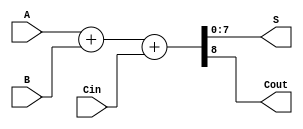
module full_adder (A, B, Cin, S, Cout);
	parameter n = 8;
	
	input [n-1:0] A, B;
	input Cin;
	output [n-1:0] S;
	output Cout;
	
	assign {Cout, S} = A + B + Cin;
endmodule